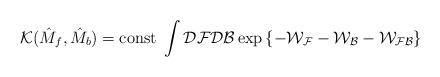
LaTeX: \begin{align*}{\mathcal{K}}(\hat{M}_f,\hat{M}_b)=\mbox{const}\;\int{\mathcal{D}}{\mathcal{F}}{\mathcal{D}}{\mathcal{B}}\exp\left\{-{\mathcal{W_{F}}}-{\mathcal{W_{B}}}-{\mathcal{W_{FB}}}\right\}\end{align*}